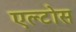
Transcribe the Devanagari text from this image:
एल्टोस